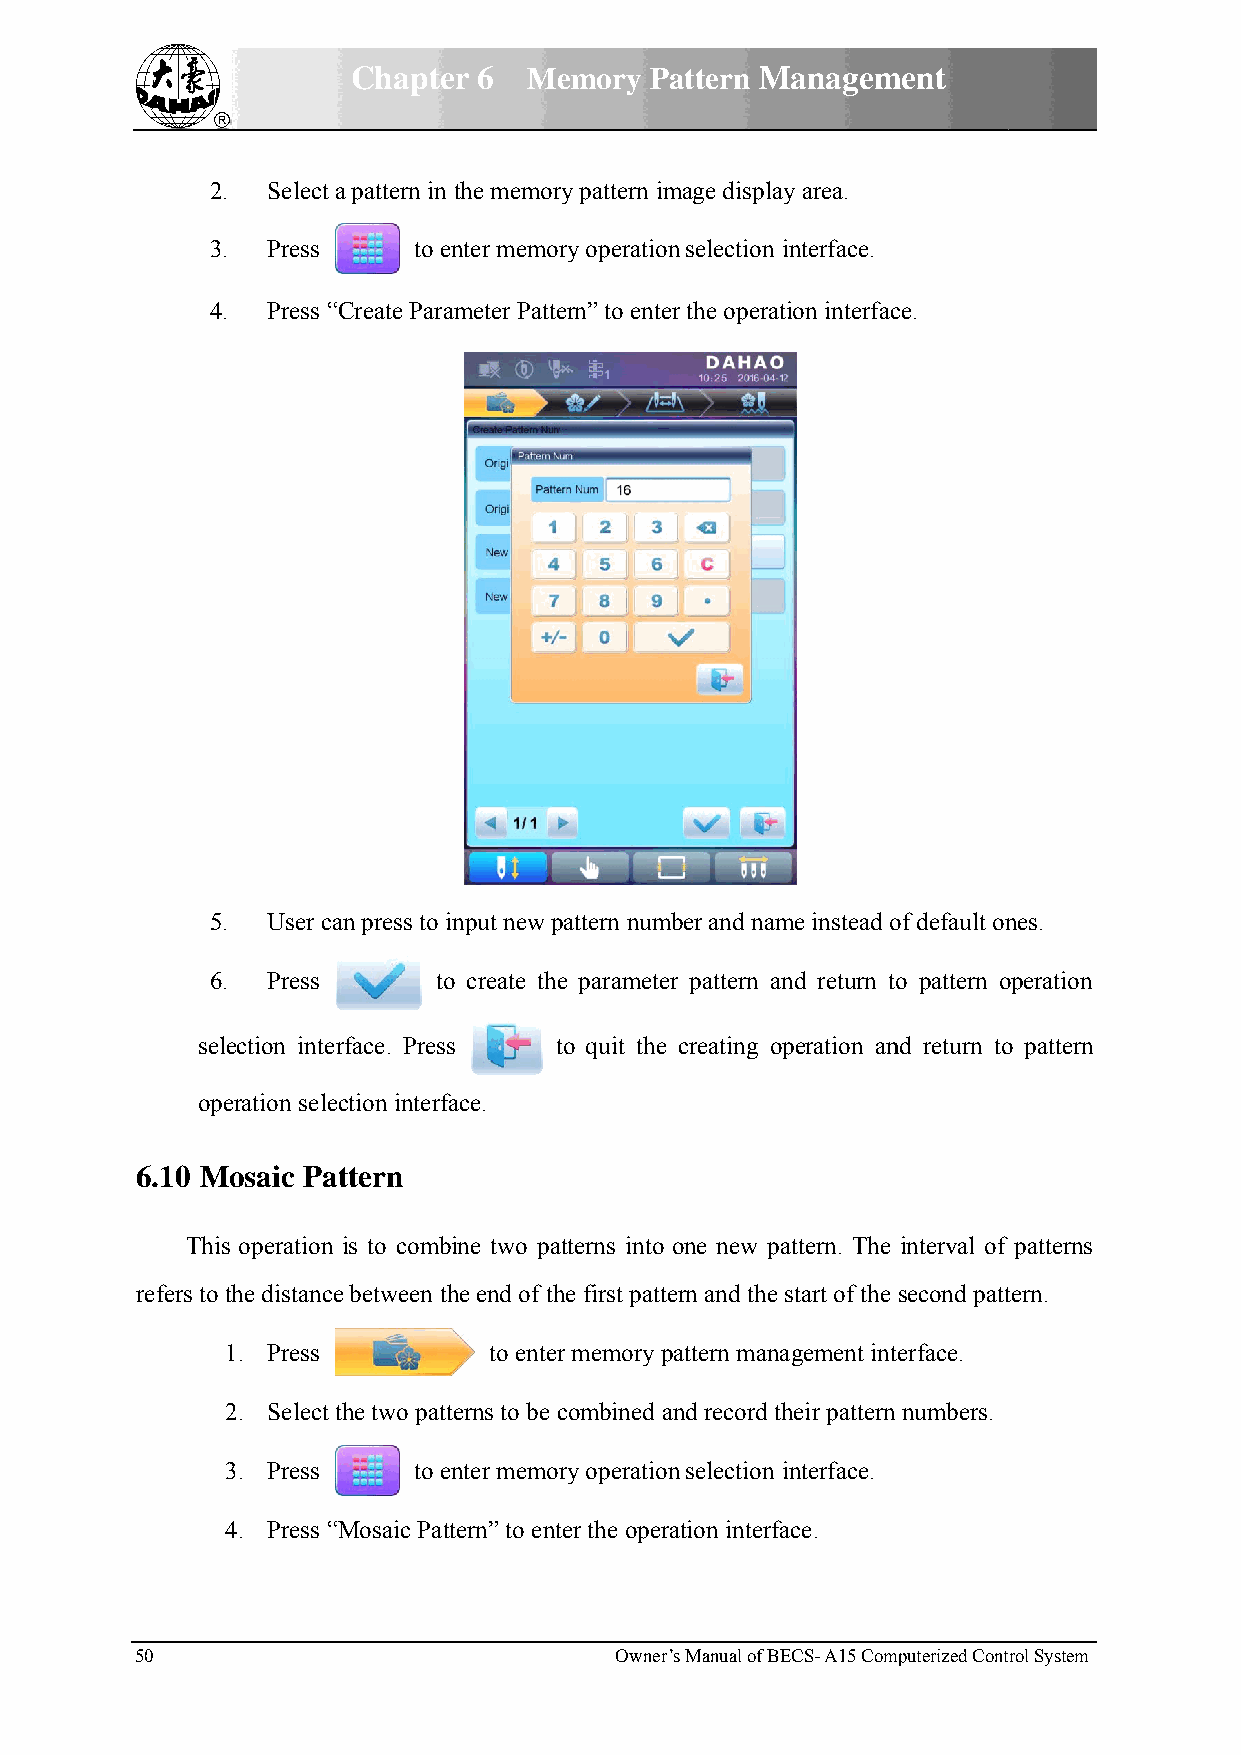
Chapteer 6  Meemory Paattern MManagemment
 2.. Select aa pattern in the memorry pattern immage displayy area.
 3.. Press    to eenter memorry operationn selection iinterface.
 4.  Press ““Create Paraameter Patteern” to enter the operattion interfacce.
 5.. User caan press to iinput new ppattern numbber and namme instead oof default onnes.
 6.. Press      too create thee parameterr pattern annd return too pattern ooperation
 sellection interrface. Presss tto quit the creating opperation annd return too pattern
 opeeration seleection interfface.
 6.10 MMosaic Paattern
 Thiss operation is to combbine two paatterns into one new paattern. The interval of patterns
 refers to the distancee between thhe end of thhe first patteern and the start of the second patttern.
 1. Press         to enterr memory pattern manaagement intterface.
 2. Select tthe two pattterns to be ccombined and record thheir pattern numbers.
 3. Press    to eenter memorry operationn selection iinterface.
 4. Press ““Mosaic Patttern” to entter the operaation interfaace.
 50                              Owner’s Manual of BEECS- A15 Commputerized Contrrol System